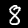
Digit: 8